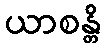
ယာစန္တိ